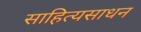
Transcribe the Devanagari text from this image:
साहित्यसाधन